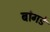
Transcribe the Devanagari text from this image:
बांगडे